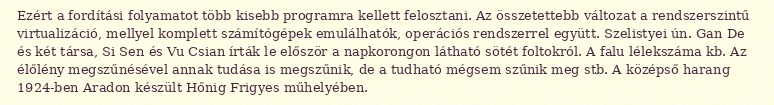
Ezért a fordítási folyamatot több kisebb programra kellett felosztani. Az összetettebb változat a rendszerszintű virtualizáció, mellyel komplett számítógépek emulálhatók, operációs rendszerrel együtt. Szelistyei ún. Gan De és két társa, Si Sen és Vu Csian írták le először a napkorongon látható sötét foltokról. A falu lélekszáma kb. Az élőlény megszűnésével annak tudása is megszűnik, de a tudható mégsem szűnik meg stb. A középső harang 1924-ben Aradon készült Hőnig Frigyes műhelyében.